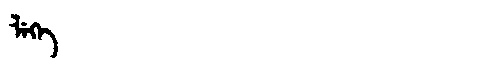
Manchu: ᠯᡝᡴᡝ
Romanization: LEKE